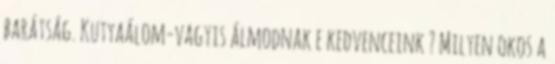
barátság. Kutyaálom-vagyis álmodnak e kedvenceink ? Milyen okos a